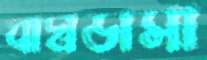
বাঘডাসা